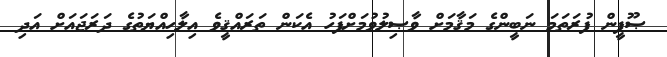
ޞޫފީން ފުރަތަމަ ނަބީންގެ މަޤާމަށް ވާޞިލުވުމަށްފަހު އެކަން ތަރައްޤީވެ އިލާހިއްޔަތުގެ ދަރަޖައަށް އަދި